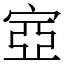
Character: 㝞